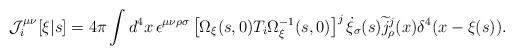
LaTeX: \begin{align*}{\cal J}^{\mu\nu}_{i}[\xi|s] = 4\pi\int d^4x\, \epsilon^{\mu\nu\rho\sigma} \left[\Omega_{\xi}(s,0)T_{i}\Omega_{\xi}^{-1}(s,0)\right]^{j} \dot{\xi}_{\sigma}(s)\widetilde{j}_{\rho}^{j}(x)\delta^{4}(x-\xi(s)).\end{align*}